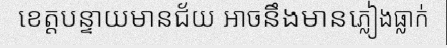
ខេត្តបន្ទាយមានជ័យ អាចនឹងមានភ្លៀងធ្លាក់